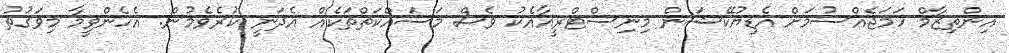
އިންތިޒާމް ހަމަޖެއްސުމަށް އެޑިޔުކޭޝަން މިނިސްޓްރީއާއެކު ވެސް މަސައްކަތްތަކެއް އެދަނީ ކުރެވެމުން. އެހެންވީމާ މިވަގުތު